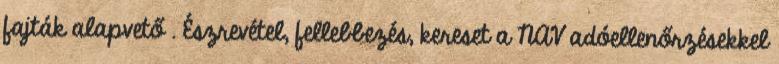
fajták alapvető . Észrevétel, fellebbezés, kereset a NAV adóellenőrzésekkel